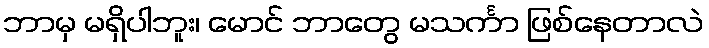
ဘာမှ မရှိပါဘူး၊ မောင် ဘာတွေ မသင်္ကာ ဖြစ်နေတာလဲ